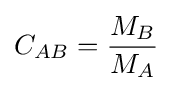
C_{AB}={\frac {M_{B}}{M_{A}}}